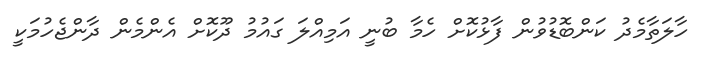
ހާލަތާމެދު ކަންބޮޑުވުން ފާޅުކޮށް ހެމާ ބުނީ އަމިއްލަ ގައުމު ދޫކޮށް އެންމެން ދާންޖެހުމަކީ